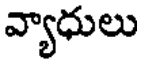
వ్యాధులు